Indian journal of veterinary science and animal husbandry - Volumes 22-23, 1952-1953
Year: 1952
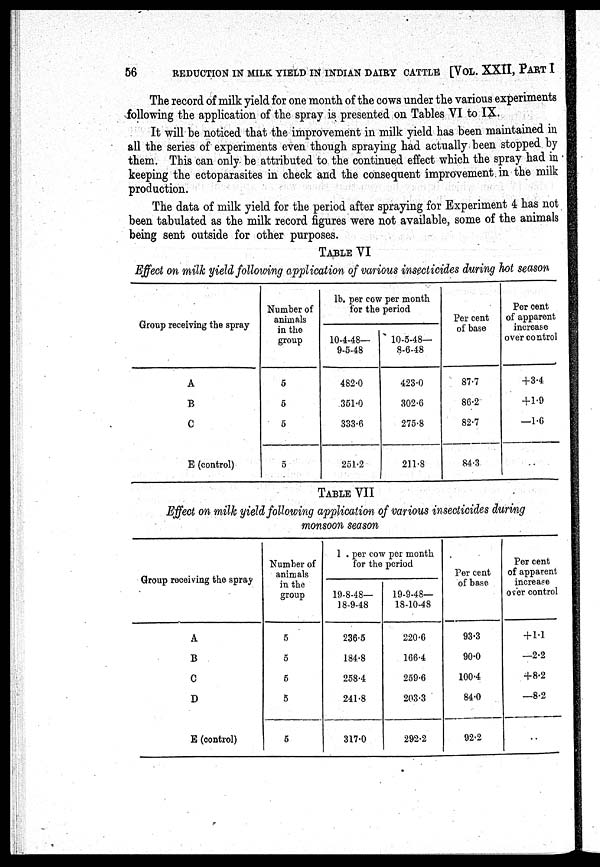
56
REDUCTION IN MILK YIELD IN INDIAN DAIRY CATTLE [VOL. XXII, PART I
The record of milk yield for one month of the cows under the various experiments
following the application of the spray is presented on Tables VI to IX.
It will be noticed that the improvement in milk yield has been maintained in
all the series of experiments even though spraying had actually been stopped by
them. This can only be attributed to the continued effect which the spray had in
keeping the ectoparasites in check and the consequent improvement in the milk
production.
The data of milk yield for the period after spraying for Experiment 4 has not
been tabulated as the milk record figures were not available, some of the animals
being sent outside for other purposes.
TABLE VI
Effect on milk yield following application of various insecticides during hot season
Group receiving the spray
A
B
C
E (control)
Number of
animals
in the
group
5
5
5
5
lb. per cow per month
for the period
10-4-48—
9-5-48
482.0
351.0
333.6
251.2
10-5-48—
8-6-48
423.0
302.6
275.8
211.8
Per cent
of base
87.7
86.2
82.7
84.3
Per cent
of apparent
increase
over control
+3.4
+1.9
—1.6
TABLE VII
Effect on milk yield following application of various insecticides during
monsoon season
Group receiving the spray
A
B
C
D
E (control)
Number of
animals
in the
group
5
5
5
5
5
1 . per cow per month
for the period
19-8-48—
18-9-48
236.5
184.8
258.4
241.8
317.0
19-9-48—
18-1048
220.6
166.4
259.6
203.3
292.2
Per cent
of base
93.3
90.0
100.4
84.0
92.2
Per cent
of apparent
increase
over control
+ 1.1
—2.2
+8.2
—8.2